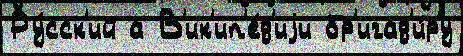
Ру́сск'ий а В'ик'ип'е́д'иjи бр'игад'и́ру